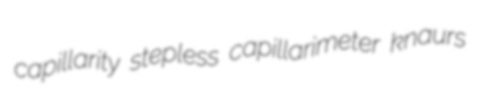
capillarity stepless capillarimeter knaurs